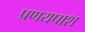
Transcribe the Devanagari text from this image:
प्रणयपाश